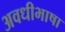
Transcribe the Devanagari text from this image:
अवधीभाषा